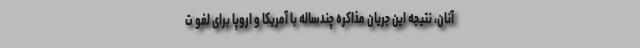
آنان، نتیجه این جریان مذاکره چندساله با آمریکا و اروپا برای لغو ت